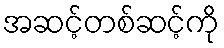
အဆင့်တစ်ဆင့်ကို